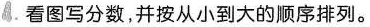
4. 看图写分数，并按从小到大的顺序排列。